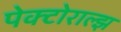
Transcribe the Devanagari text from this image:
पेक्टोराल्झ